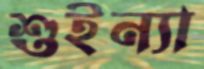
শুইন্যা